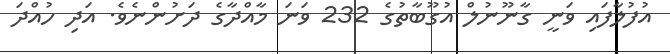
އުފުލާފައި ވަނީ ގާނޫނުލް އުގޫބާތުގެ 232 ވަނަ މާއްދާގެ ދަށުންނެވެ. އަދި ހުއްދަ